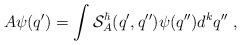
LaTeX: \begin{align*} A\psi(q') = \int {\mathcal S}_A^{\hbar}(q',q'')\psi(q'')d^kq'' \ , \end{align*}